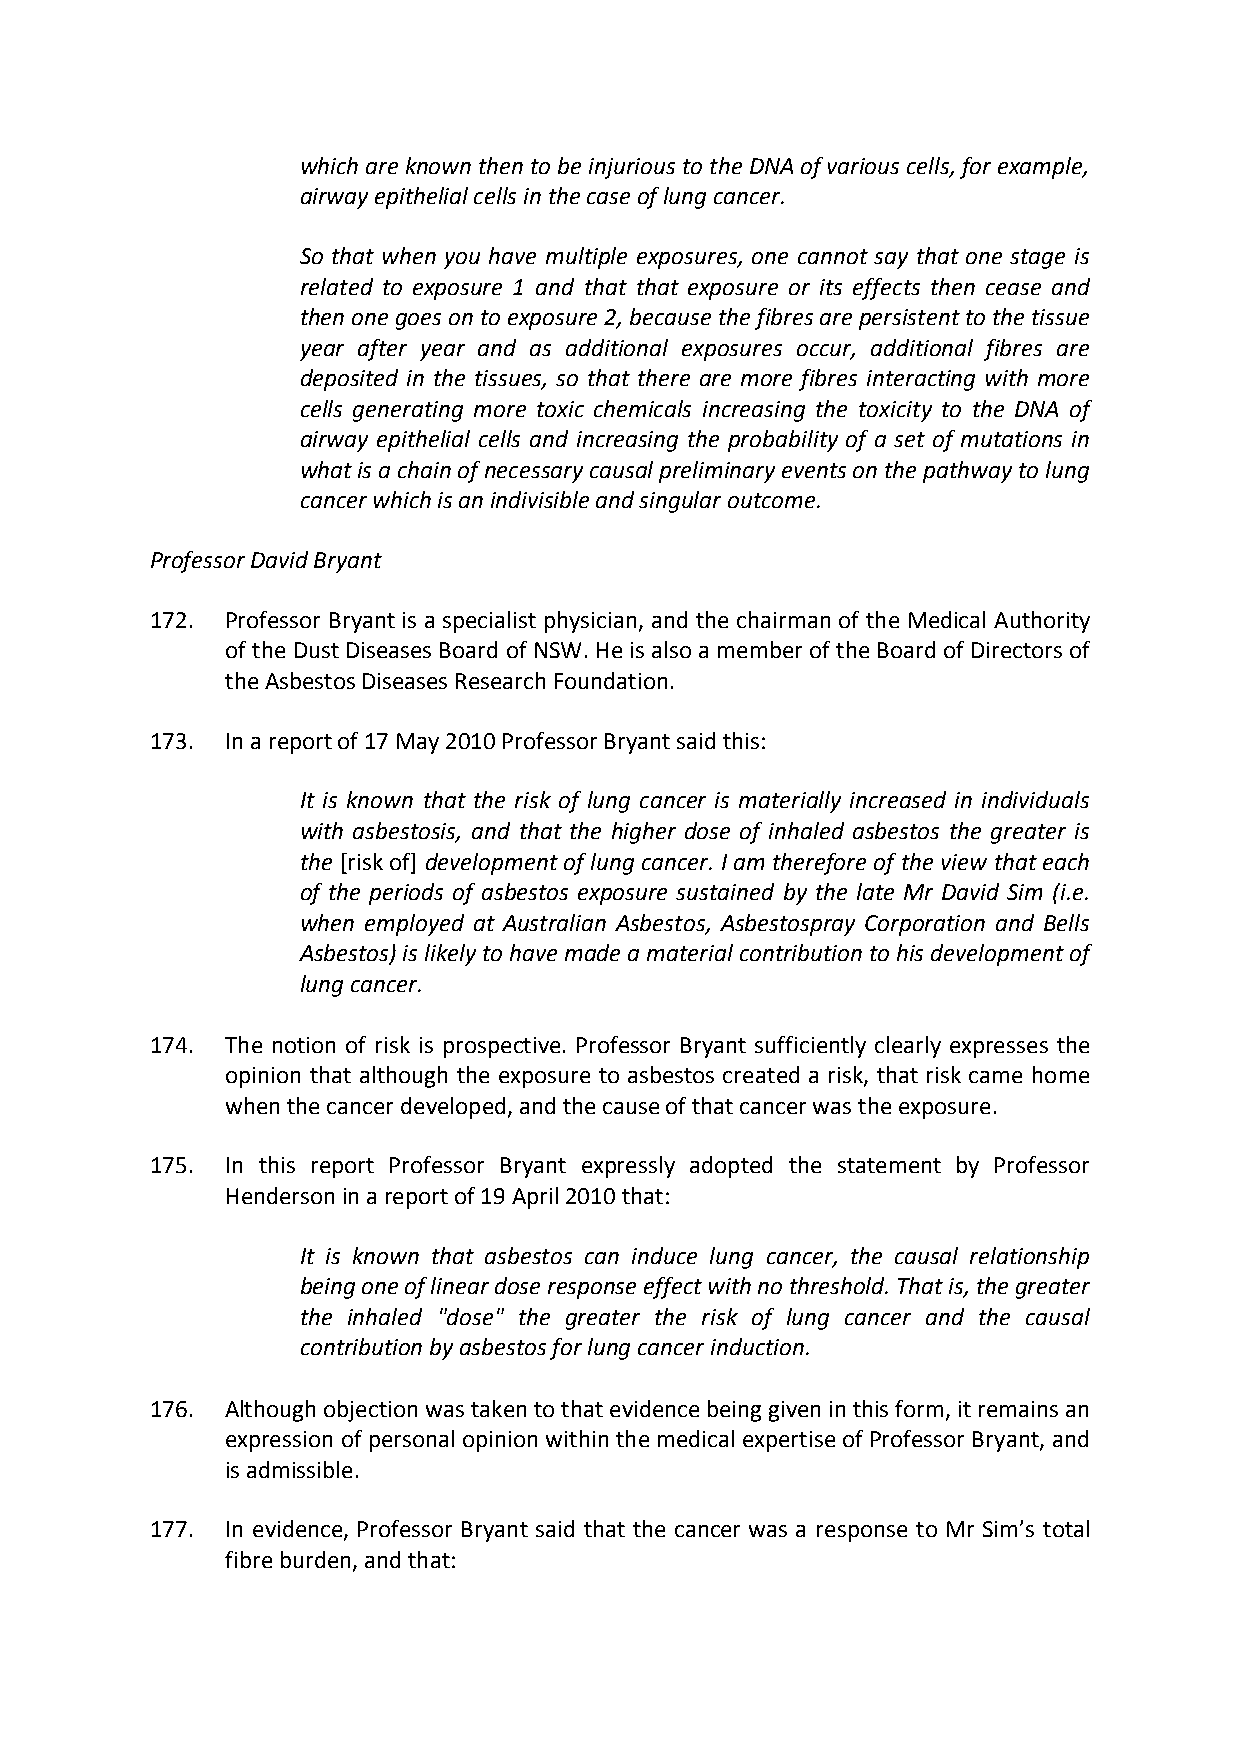
which are known then to be injurious to the DNA of various cells, for example,
 airway epithelial cells in the case of lung cancer.
 So that when you have multiple exposures, one cannot say that one stage is
 related to exposure 1 and that that exposure or its effects then cease and
 then one goes on to exposure 2, because the fibres are persistent to the tissue
 year after year and as additional exposures occur, additional fibres are
 deposited in the tissues, so that there are more fibres interacting with more
 cells generating more toxic chemicals increasing the toxicity to the DNA of
 airway epithelial cells and increasing the probability of a set of mutations in
 what is a chain of necessary causal preliminary events on the pathway to lung
 cancer which is an indivisible and singular outcome.
 Professor David Bryant
 172. Professor Bryant is a specialist physician, and the chairman of the Medical Authority
 of the Dust Diseases Board of NSW. He is also a member of the Board of Directors of
 the Asbestos Diseases Research Foundation.
 173. In a report of 17 May 2010 Professor Bryant said this:
 It is known that the risk of lung cancer is materially increased in individuals
 with asbestosis, and that the higher dose of inhaled asbestos the greater is
 the [risk of] development of lung cancer. I am therefore of the view that each
 of the periods of asbestos exposure sustained by the late Mr David Sim (i.e.
 when employed at Australian Asbestos, Asbestospray Corporation and Bells
 Asbestos) is likely to have made a material contribution to his development of
 lung cancer.
 174. The notion of risk is prospective. Professor Bryant sufficiently clearly expresses the
 opinion that although the exposure to asbestos created a risk, that risk came home
 when the cancer developed, and the cause of that cancer was the exposure.
 175. In this report Professor Bryant expressly adopted the statement by Professor
 Henderson in a report of 19 April 2010 that:
 It is known that asbestos can induce lung cancer, the causal relationship
 being one of linear dose response effect with no threshold. That is, the greater
 the inhaled "dose" the greater the risk of lung cancer and the causal
 contribution by asbestos for lung cancer induction.
 176. Although objection was taken to that evidence being given in this form, it remains an
 expression of personal opinion within the medical expertise of Professor Bryant, and
 is admissible.
 177. In evidence, Professor Bryant said that the cancer was a response to Mr Sim’s total
 fibre burden, and that: